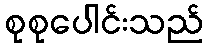
စုစုပေါင်းသည်